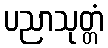
ပညာသုတ္တံ